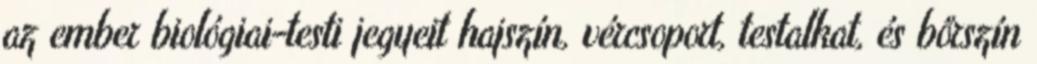
az ember biológiai-testi jegyeit hajszín, vércsoport, testalkat, és bőrszín